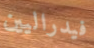
فيدراليين